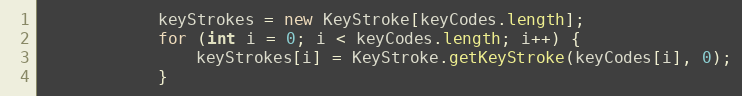
Language: Java
            keyStrokes = new KeyStroke[keyCodes.length];
            for (int i = 0; i < keyCodes.length; i++) {
                keyStrokes[i] = KeyStroke.getKeyStroke(keyCodes[i], 0);
            }